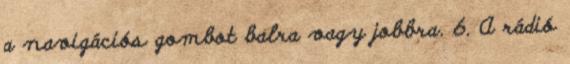
a navigációs gombot balra vagy jobbra. 6. A rádió